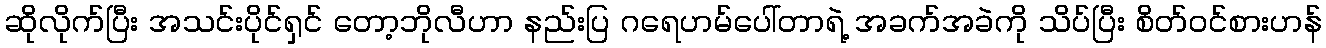
ဆိုလိုက်ပြီး အသင်းပိုင်ရှင် တော့ဘိုလီဟာ နည်းပြ ဂရေဟမ်ပေါ်တာရဲ့ အခက်အခဲကို သိပ်ပြီး စိတ်၀င်စားဟန်